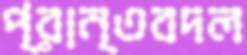
প্রান্তবদল